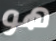
هو